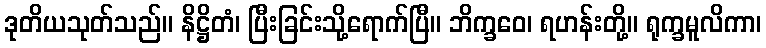
ဒုတိယသုတ်သည်။ နိဋ္ဌိတံ၊ ပြီးခြင်းသို့ရောက်ပြီ။ ဘိက္ခဝေ၊ ရဟန်းတို့။ ရုက္ခမူလိကာ၊